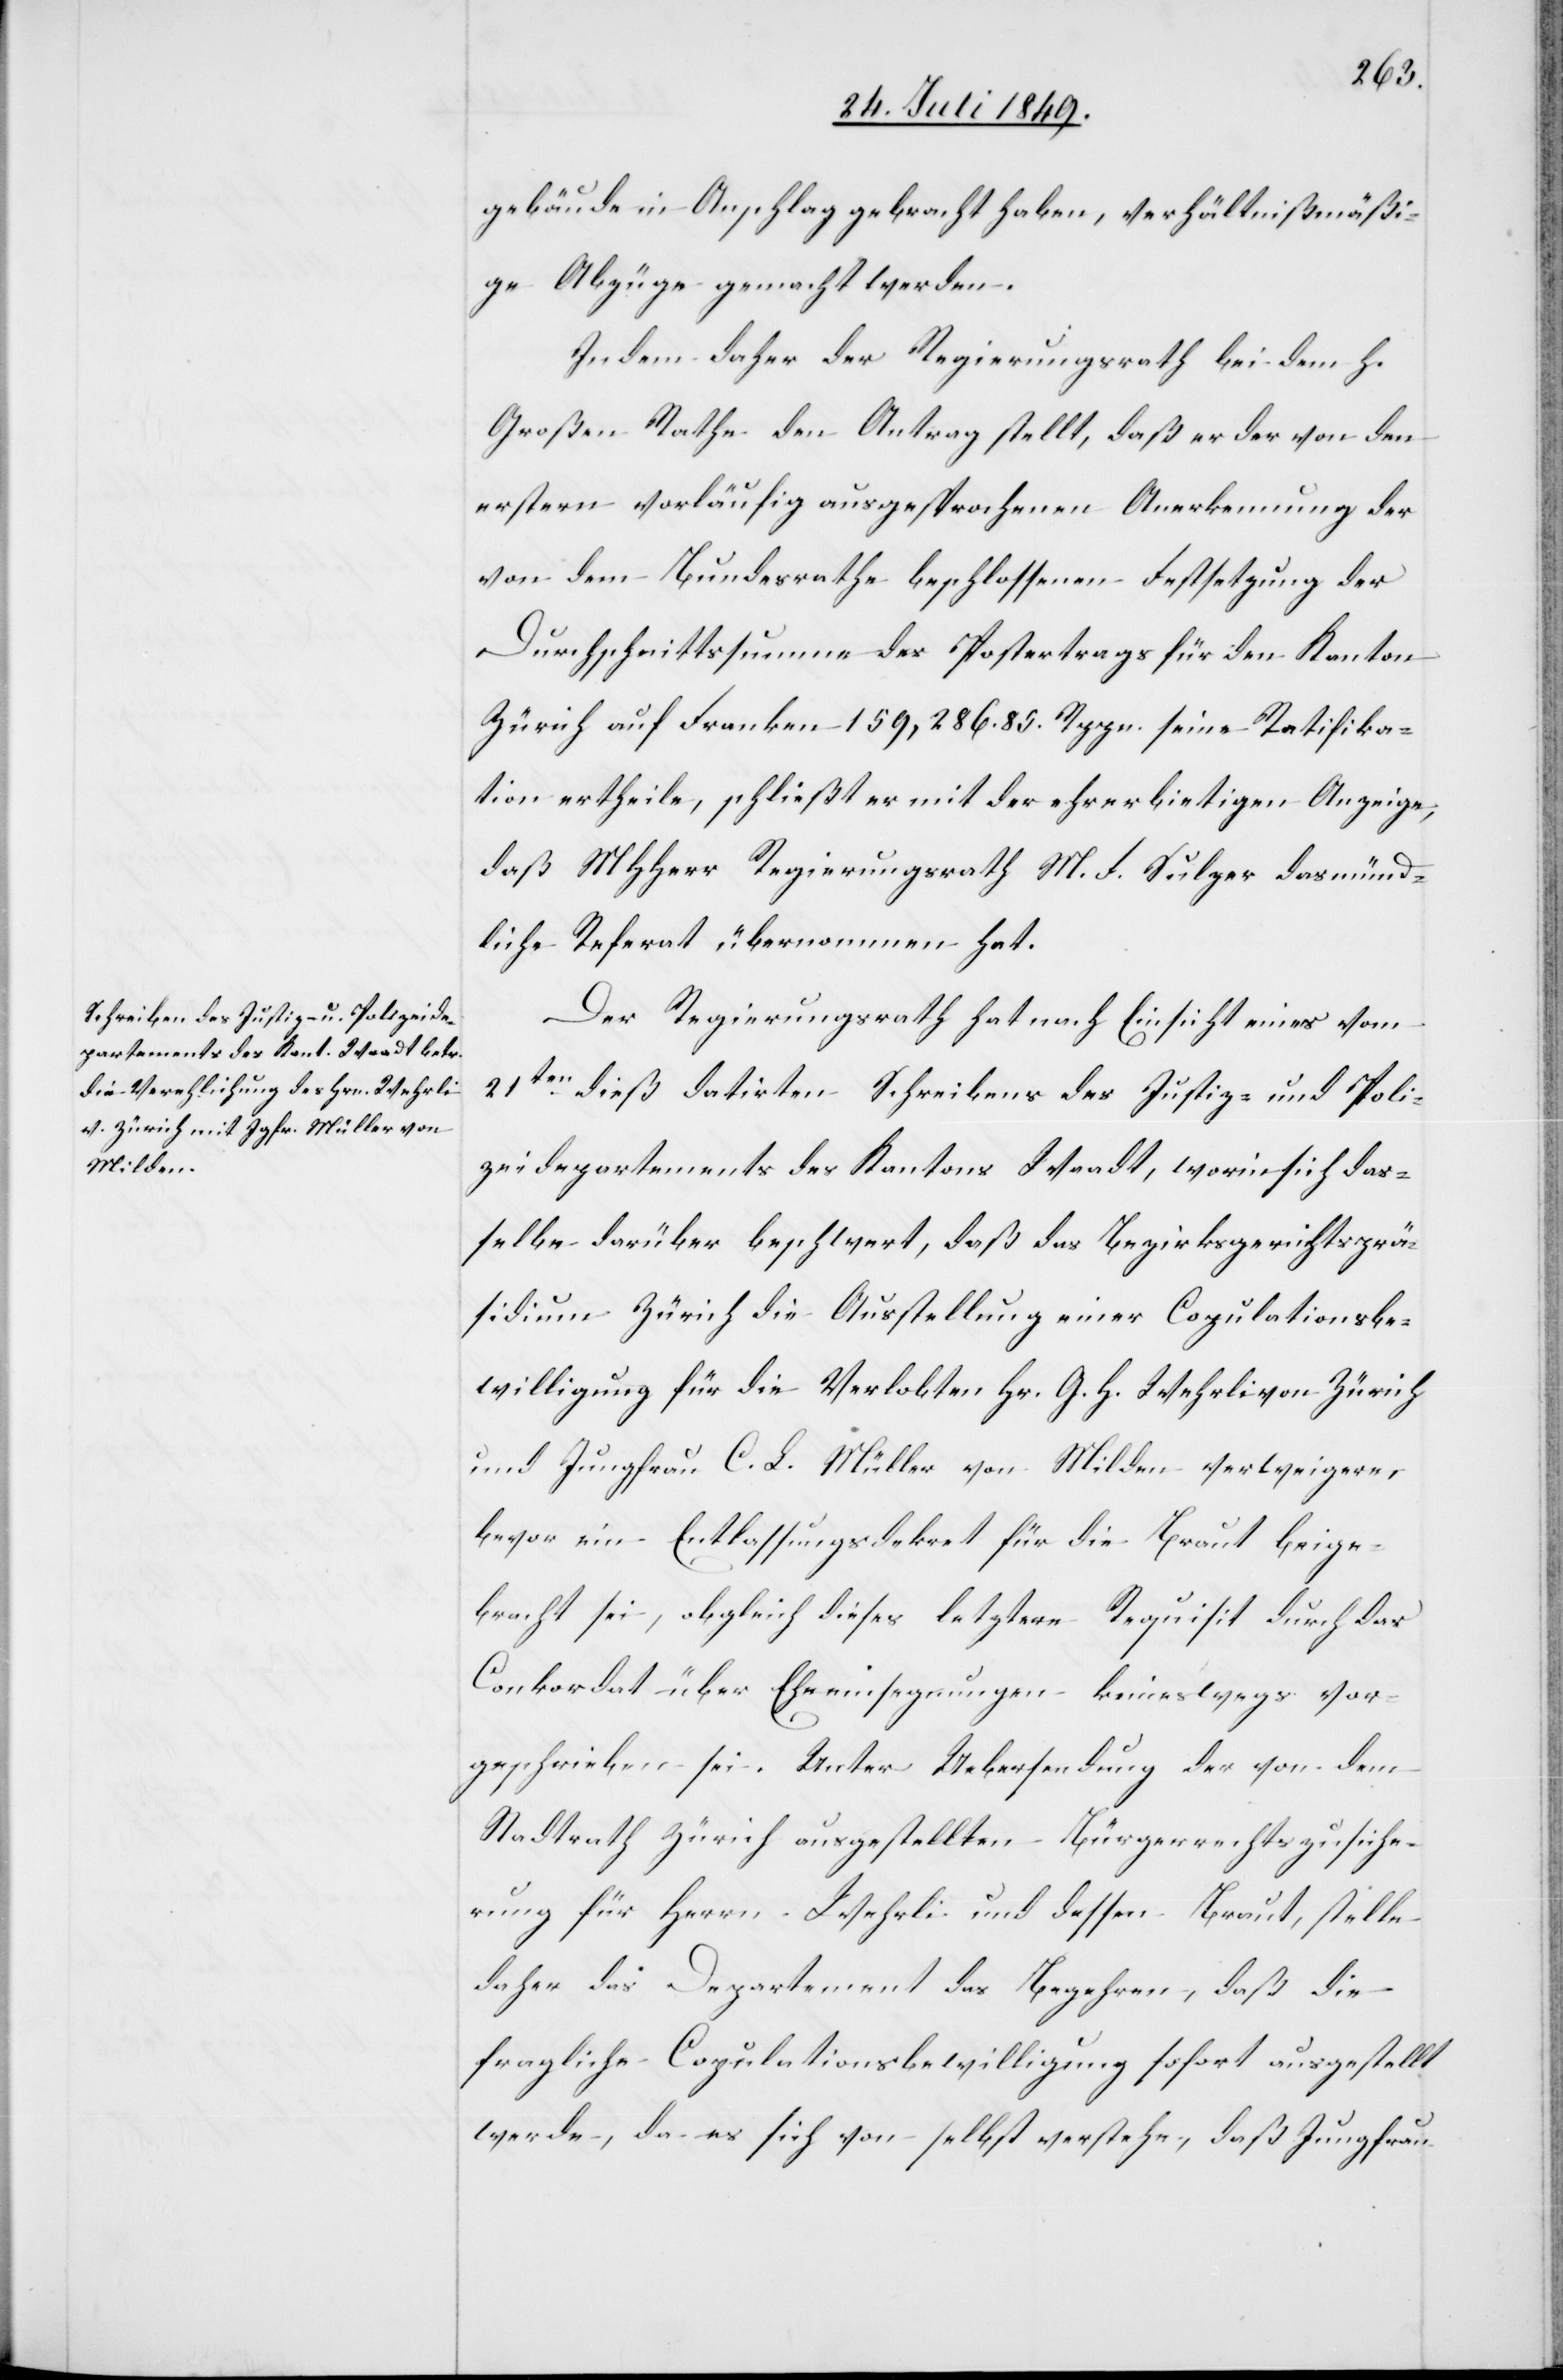
Gebäude in Anschlag gebracht haben, verhältnißmäßi¬
ge Abzüge gemacht werden.
Indem daher der Regierungsrath bei dem h.
Großen Rathe den Antrag stellt, daß er der von den
erstern vorläufig ausgesprochenen Anerkennung der
von dem Bundesrathe beschlossenen Festsetzung der
Durchschnittssumme des Postvertrags für den Kanton
Zürich auf Franken 159,286. 85. Rppn. seine Ratifika¬
tion ertheile, schließt er mit der ehrerbiethigen Anzeige;
daß MHHerr Regierungsrath M. F. Sulzer das münd¬
liche Referat übernommen hat.
Der Regierungsrath hat nach Einsicht eines vom
21ten dieß datirten Schreibens des Justiz- und Poli¬
zeidepartements des Kantons Waadt, worin sich das¬
selbe darüber beschwert, daß das Bezirksgerichtsprä¬
sidium Zürich die Ausstellung einer Copulationsbe¬
willigung für die Verlobten Hr. G. H. Wehrli von Zürich
und Jungfrau C. L. Müller von Milden verweigere,
bevor ein Entlassungsdekret für die Braut beige¬
bracht sei, obgleich dieses letztere Requisit durch das
Conkordat über Eheeinsegnungen keineswegs vor¬
geschrieben sei. Unter Uebersendung der von dem
Stadtrath Zürich ausgestellten Bürgerrechtszusiche¬
rung für Herrn Wehrli und dessen Braut, stelle
daher das Departement das Begehren, daß die
fragliche Copulationsbewilligung sofort ausgestellt
werde, da es sich von selbst verstehe, daß Jungfrau